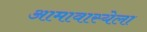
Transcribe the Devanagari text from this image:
आमावास्येला